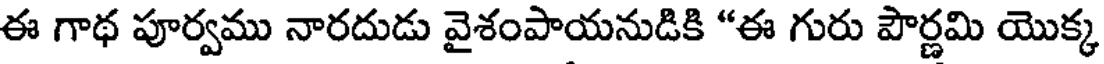
ఈ గాథ పూర్వము నారదుడు వైశంపాయనుడికి "ఈ గురు పౌర్ణమి యొక్క